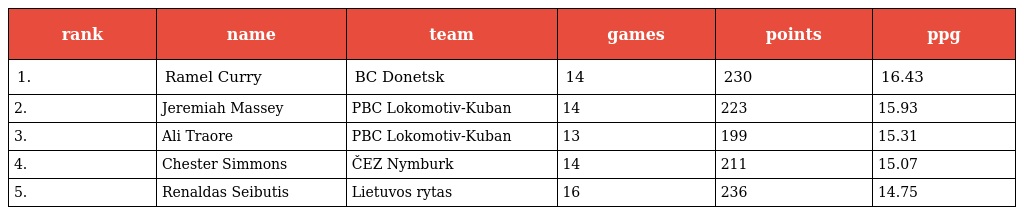
| rank | name | team | games | points | ppg |
 | --- | --- | --- | --- | --- | --- |
 | 1. | Ramel Curry | BC Donetsk | 14 | 230 | 16.43 |
 | 2. | Jeremiah Massey | PBC Lokomotiv-Kuban | 14 | 223 | 15.93 |
 | 3. | Ali Traore | PBC Lokomotiv-Kuban | 13 | 199 | 15.31 |
 | 4. | Chester Simmons | ČEZ Nymburk | 14 | 211 | 15.07 |
 | 5. | Renaldas Seibutis | Lietuvos rytas | 16 | 236 | 14.75 |